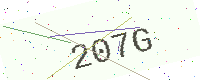
Text: 207G